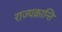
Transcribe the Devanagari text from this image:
राज्यक्रान्ति